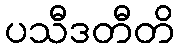
ပသီဒတီတိ